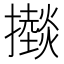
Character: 𢸱